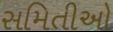
સમિતીઓ